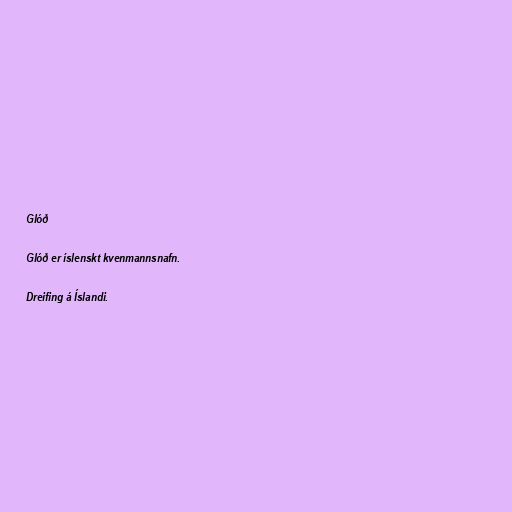
Glóð

Glóð er íslenskt kvenmannsnafn.

Dreifing á Íslandi.